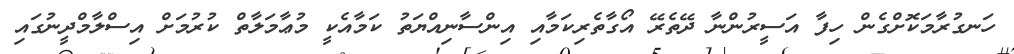
ހަނގުރާމަކޮށްގެން ހިފާ އަސީރުންނާ ދޭތެރޭ އޯގާތެރިކަމާއި އިންސާނިއްޔަތު ކަމާއެކީ މުޢާމަލާތް ކުރުމަށް އިސްލާމްދީނުގައި